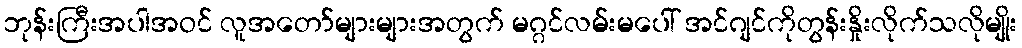
ဘုန်းကြီးအပါအဝင် လူအတော်များများအတွက် မဂ္ဂင်လမ်းမပေါ် အင်ဂျင်ကိုတွန်းနှိုးလိုက်သလိုမျိုး